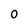
Character: 0